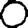
Digit: 0